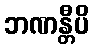
ဘဏန္တီပိ